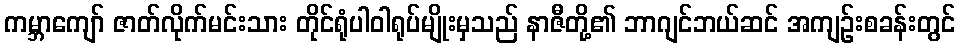
ကမ္ဘာကျော် ဇာတ်လိုက်မင်းသား တိုင်ရုံပါဝါရုပ်မျိုးမှသည် နာဇီတို့၏ ဘာဂျင်ဘယ်ဆင် အကျဉ်းစခန်းတွင်